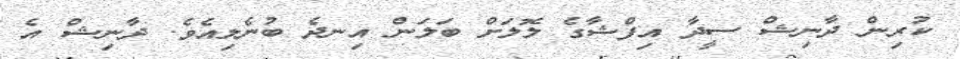
ކުރިން ދާނިޝް ސީދާ އިފްޝާގެ ލޮލަށް ބަލަން އިނދެ ބުނެލިއެވެ. ދާނިޝް އެ